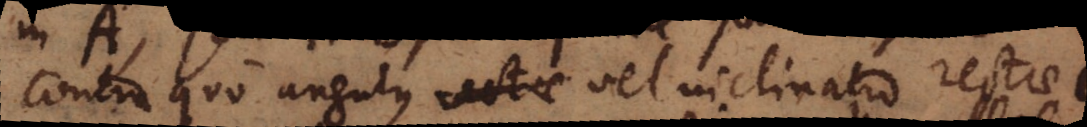
Contra quo angulus _ vel inclinatio rectae